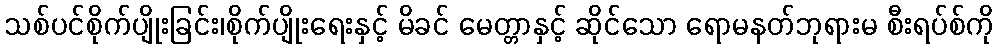
သစ်ပင်စိုက်ပျိုးခြင်း၊စိုက်ပျိုးရေးနှင့် မိခင် မေတ္တာနှင့် ဆိုင်သော ရောမနတ်ဘုရားမ စီးရပ်စ်ကို